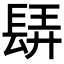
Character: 𨲀